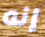
إنه